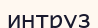
интруз